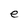
Character: e